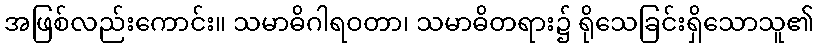
အဖြစ်လည်းကောင်း။ သမာဓိဂါရဝတာ၊ သမာဓိတရား၌ ရိုသေခြင်းရှိသောသူ၏